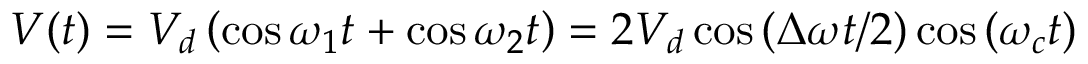
V ( t ) = V _ { d } \left( \cos \omega _ { 1 } t + \cos \omega _ { 2 } t \right) = 2 V _ { d } \cos { ( \Delta \omega t / 2 ) } \cos { ( \omega _ { c } t ) }